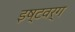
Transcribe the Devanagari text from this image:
इष्टवर्ग